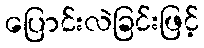
ပြောင်းလဲခြင်းဖြင့်